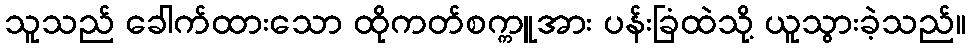
သူသည် ခေါက်ထားသော ထိုကတ်စက္ကူအား ပန်းခြံထဲသို့ ယူသွားခဲ့သည်။